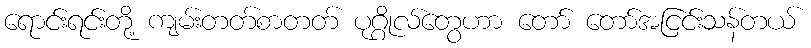
ရောင်းရင်းတို့ ကျမ်းတတ်စာတတ် ပုဂ္ဂိုလ်တွေဟာ တော် တော်အငြင်းသန်တယ်